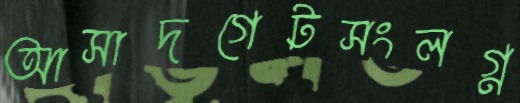
আসাদগেটসংলগ্ন